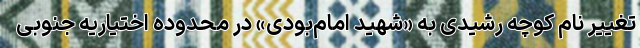
تغییر نام کوچه رشیدی به «شهید امام‌بودی» در محدوده اختیاریه جنوبی